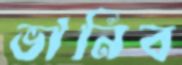
ভানিব